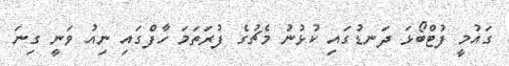
ގައުމީ ފުޓްބޯޅަ ދަނޑުގައި ކުޅުނު މެޗުގެ ފުރަތަމަ ހާފްގައި ނިއު ވަނީ ގިނަ